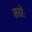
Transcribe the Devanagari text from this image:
तरोः